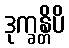
ဒုက္ခန္တိပိ